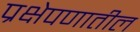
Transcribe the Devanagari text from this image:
प्रक्षेपणातील